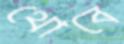
থোবে